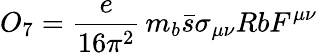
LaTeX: O_{7}=\frac{e}{16\pi^{2}}\, m_{b}\bar{s}\sigma_{\mu\nu}RbF^{\mu\nu}